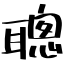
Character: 聰